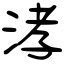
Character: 涍